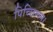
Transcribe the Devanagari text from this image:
पिच्छिलम्।